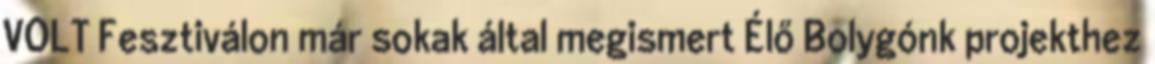
VOLT Fesztiválon már sokak által megismert Élő Bolygónk projekthez